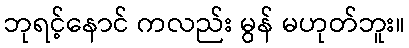
ဘုရင့်နောင် ကလည်း မွန် မဟုတ်ဘူး။